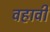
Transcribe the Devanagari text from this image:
वहावी